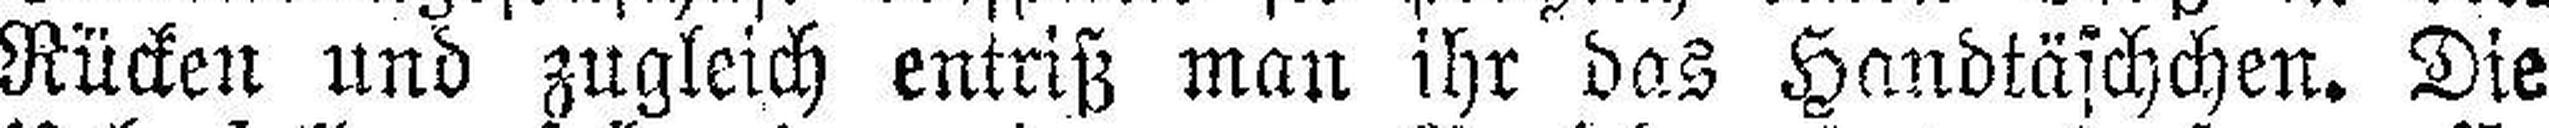
Rücken und zugleich entriß man ihr das Handtäschchen. Die